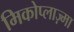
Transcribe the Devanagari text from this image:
मिकोप्लाज़्मा